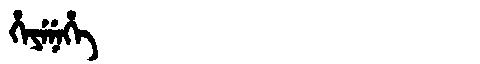
Manchu: ᡥᡝᠶᡝᠨᡝᡥᡝ
Romanization: HEYENEHE